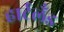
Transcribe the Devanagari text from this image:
हार्टलँड